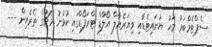
ސެޕްޓެމްބަރު މަހު ޔުނައިޓެޑާއި ވިޔަރެއާލް އޯލްޑް ޓްރަފޯޑްގައި ކުޅުނު މެޗުގެ ތެރެއިން ---